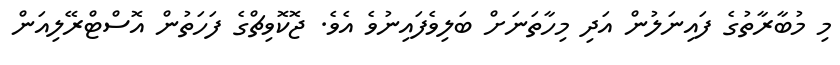
މި މުބާރާތުގެ ފައިނަލުން އަދި މިހާތަނަށް ބަލިވެފައިނުވެ އެވެ. ޖޮކޮވިޗްގެ ފަހަތުން އޮސްޓްރޭލިއަން